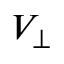
V _ { \perp }